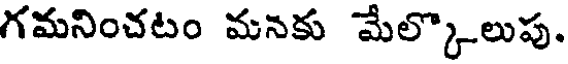
గమనించటం మనకు మేల్కొలుపు.